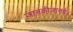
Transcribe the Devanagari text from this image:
जानकीजानये।